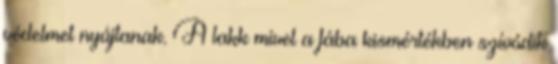
védelmet nyújtanak. A lakk mivel a fába kismértékben szívódik